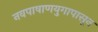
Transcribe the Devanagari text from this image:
नवपाषाणयुगापासून